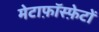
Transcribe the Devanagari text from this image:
मेटाफ़ॉस्फ़ेटों